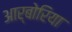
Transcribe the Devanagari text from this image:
आर्बोरिया